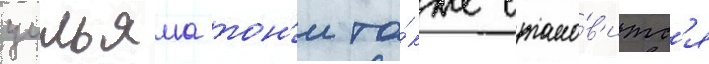
уильяма тон'и та́кже стано́в'итс'я